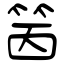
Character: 䇧